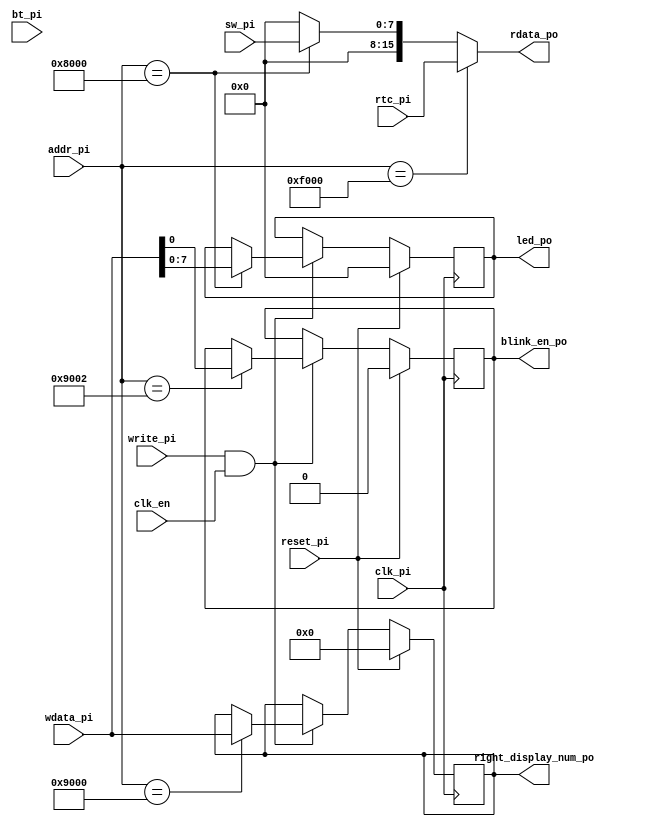
`timescale 1ns / 1ps

/**
 * Module: data_mem
 * 
 * The data memory model for the processor.
 * 
 * General purpose registers could be added, but for now this is just a memory mapping for board components:
 *   0x8000 - Read from Switches, Write to LEDs
 *   0x9000 - Write to 7-segment display
 *
 */
module data_mem(
	input             clk_pi,   // 100 MHz clk
	input             clk_en,   // Clock enable
	input             reset_pi, // synchronous reset
	
	input             write_pi, // write enable
	input      [15:0] wdata_pi, // write data
	output reg [15:0] rdata_po, // read data
	input      [15:0] addr_pi,  // address
	
	input       [4:0] bt_pi, // Buttons
	input       [7:0] sw_pi, // Switches
	input      [15:0] rtc_pi, // Real-time clock. Time since last power-on or reset in seconds.
	output reg  [7:0] led_po, // LEDs
	output reg [15:0] right_display_num_po, // Display number for 7-seg display
	output reg        blink_en_po
);
	
	initial begin
		led_po <= 8'h0;
		right_display_num_po <= 16'h0;
		blink_en_po <= 1'b0;
	end
	
	always @(*) begin
			rdata_po = 16'h0;			
			if (addr_pi == 16'h8000)
				rdata_po[7:0] = sw_pi;
			if (addr_pi == 16'hF000)
				rdata_po = rtc_pi;
		end
	
	always @(posedge clk_pi) begin

		if (reset_pi) begin
			led_po <= 8'h0;
			right_display_num_po <= 16'h0;
			blink_en_po <= 1'b0;
		end 
		
		else if (write_pi && clk_en) begin			
				if (addr_pi == 16'h8000)
					led_po <= wdata_pi[7:0];
			
				if (addr_pi == 16'h9000)
					right_display_num_po <= wdata_pi;
				
				if (addr_pi == 16'h9002) 
					blink_en_po <= wdata_pi[0];
				
		end
	end
endmodule